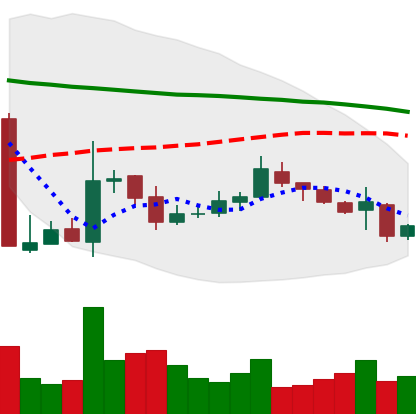
Ticker: XMR-USD
Chart end date: 2018-10-30
Forward return: 9.013%
Label: up_7plus